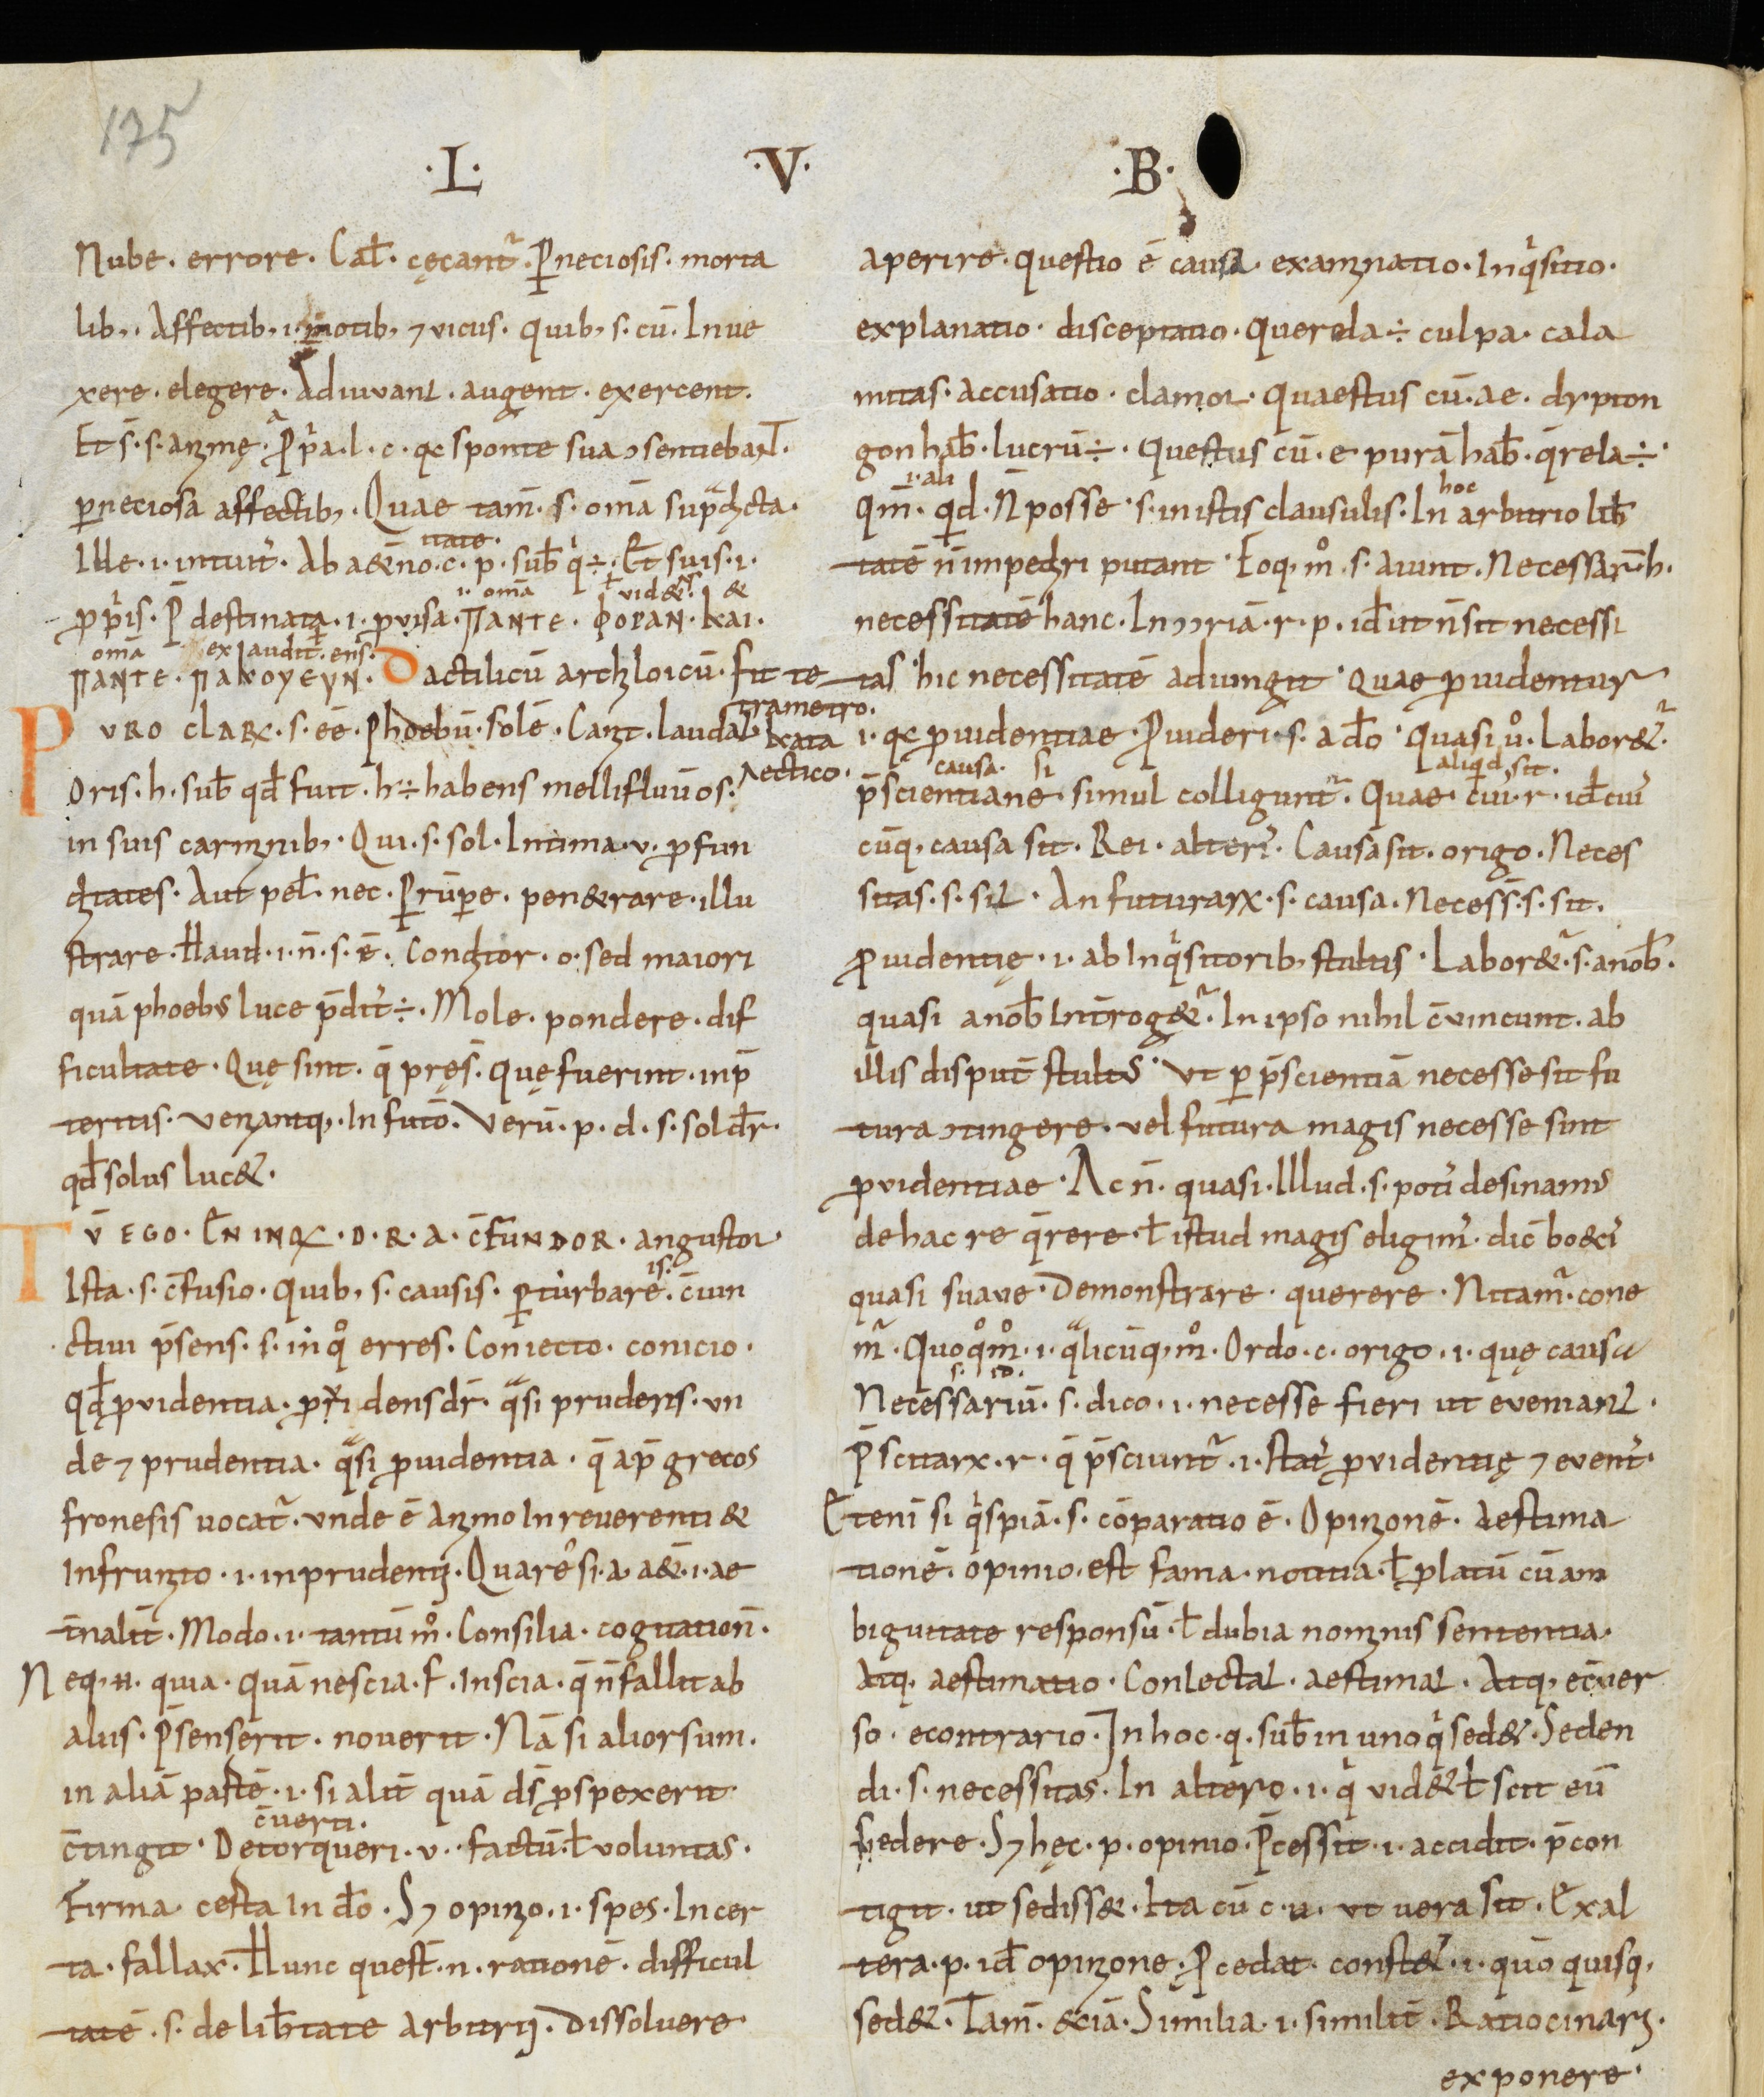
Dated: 950–999